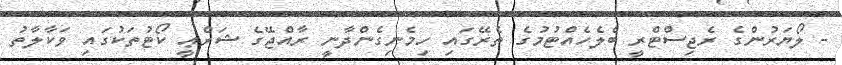
- ލޯޔަރުންގެ ރެޖިސްޓްރީ ބެލެހެއްޓުމުގެ ތެރޭގައި ހިމެނިގެންދާނީ ރާއްޖޭގެ ޝަރްޢީ ކޯޓުތަކުގައި ވަކާލާތު